Report on horse surra - Volume I
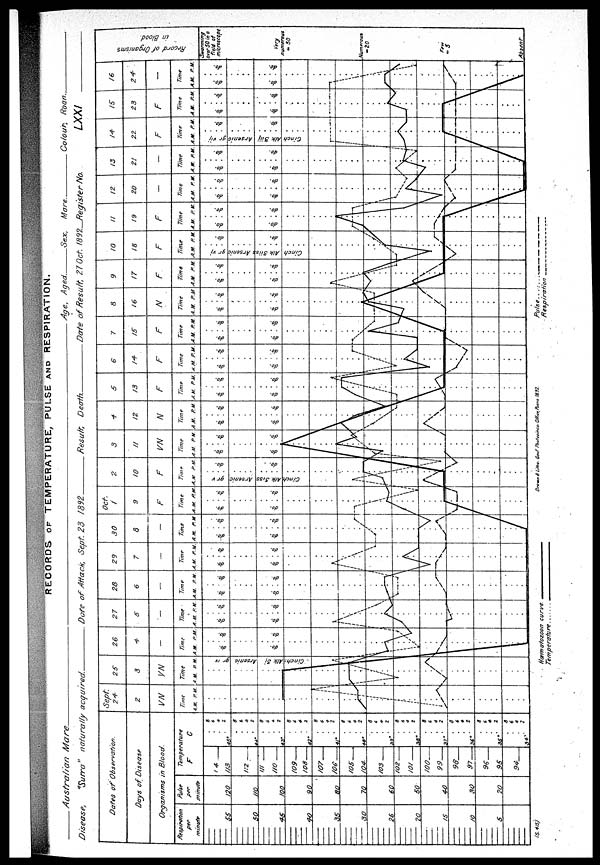
RECORDS OF TEMPERATURE, PULSE AND RESPIRATION.